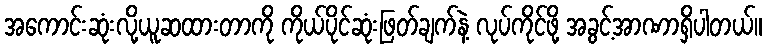
အကောင်းဆုံးလို့ယူဆထားတာကို ကိုယ်ပိုင်ဆုံးဖြတ်ချက်နဲ့ လုပ်ကိုင်ဖို့ အခွင့်အာဏာရှိပါတယ်။